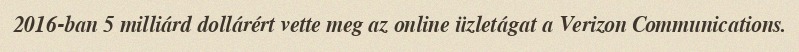
2016-ban 5 milliárd dollárért vette meg az online üzletágat a Verizon Communications.